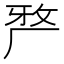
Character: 𭆆